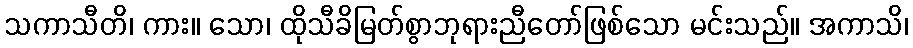
သကာသီတိ၊ ကား။ သော၊ ထိုသီခိမြတ်စွာဘုရားညီတော်ဖြစ်သော မင်းသည်။ အကာသိ၊